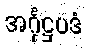
အင်္ဂုဋ္ဌပဒံ